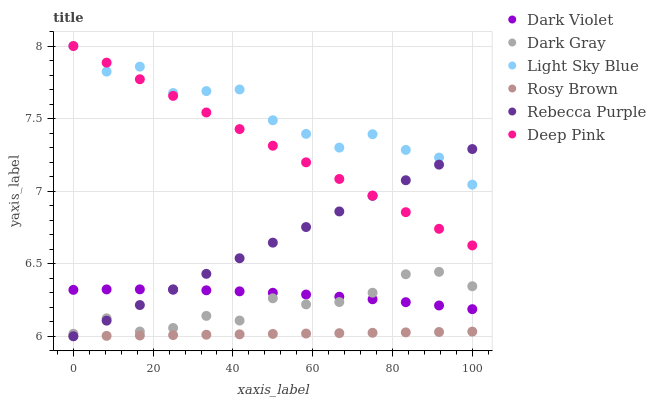
| xaxis_label | Dark Violet | Dark Gray | Light Sky Blue | Rosy Brown | Rebecca Purple | Deep Pink |
 | --- | --- | --- | --- | --- | --- | --- |
 | 0 | 6.32 | 6.02 | 8 | 6 | 6 | 8 |
 | 8.33 | 6.32 | 6.12 | 7.82 | 6 | 6.11 | 7.89 |
 | 16.7 | 6.32 | 6.03 | 7.86 | 6.01 | 6.22 | 7.77 |
 | 25 | 6.32 | 6.06 | 7.68 | 6.01 | 6.32 | 7.66 |
 | 33.3 | 6.32 | 6.14 | 7.69 | 6.01 | 6.43 | 7.54 |
 | 41.7 | 6.31 | 6.11 | 7.7 | 6.01 | 6.54 | 7.43 |
 | 50 | 6.3 | 6.26 | 7.49 | 6.02 | 6.65 | 7.31 |
 | 58.3 | 6.29 | 6.22 | 7.39 | 6.02 | 6.75 | 7.2 |
 | 66.7 | 6.27 | 6.24 | 7.3 | 6.02 | 6.86 | 7.08 |
 | 75 | 6.25 | 6.3 | 7.39 | 6.02 | 6.97 | 6.97 |
 | 83.3 | 6.23 | 6.43 | 7.28 | 6.03 | 7.08 | 6.85 |
 | 91.7 | 6.21 | 6.44 | 7.23 | 6.03 | 7.18 | 6.74 |
 | 100 | 6.19 | 6.34 | 7.04 | 6.03 | 7.29 | 6.63 |